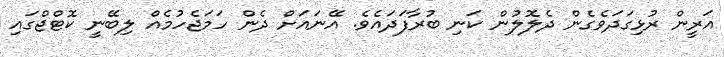
އަރީން ރުޅިގަދަވެގެން ދެލޮލުން ކަނި ބުރާފަދައެވެ. އޭނައަށް ދެން ހަމަޖެހުމެއް ލިބޭނީ ކޮޓްޖްގައި